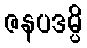
ဇနပဒမ္ပိ